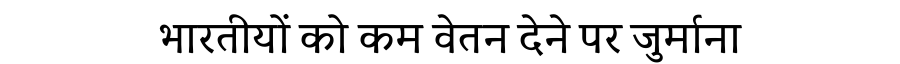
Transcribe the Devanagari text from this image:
भारतीयों को कम वेतन देने पर जुर्माना